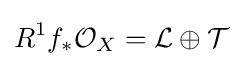
R^{1}f_{*}{\mathcal {O}}_{X}={\mathcal {L}}\oplus {\mathcal {T}}